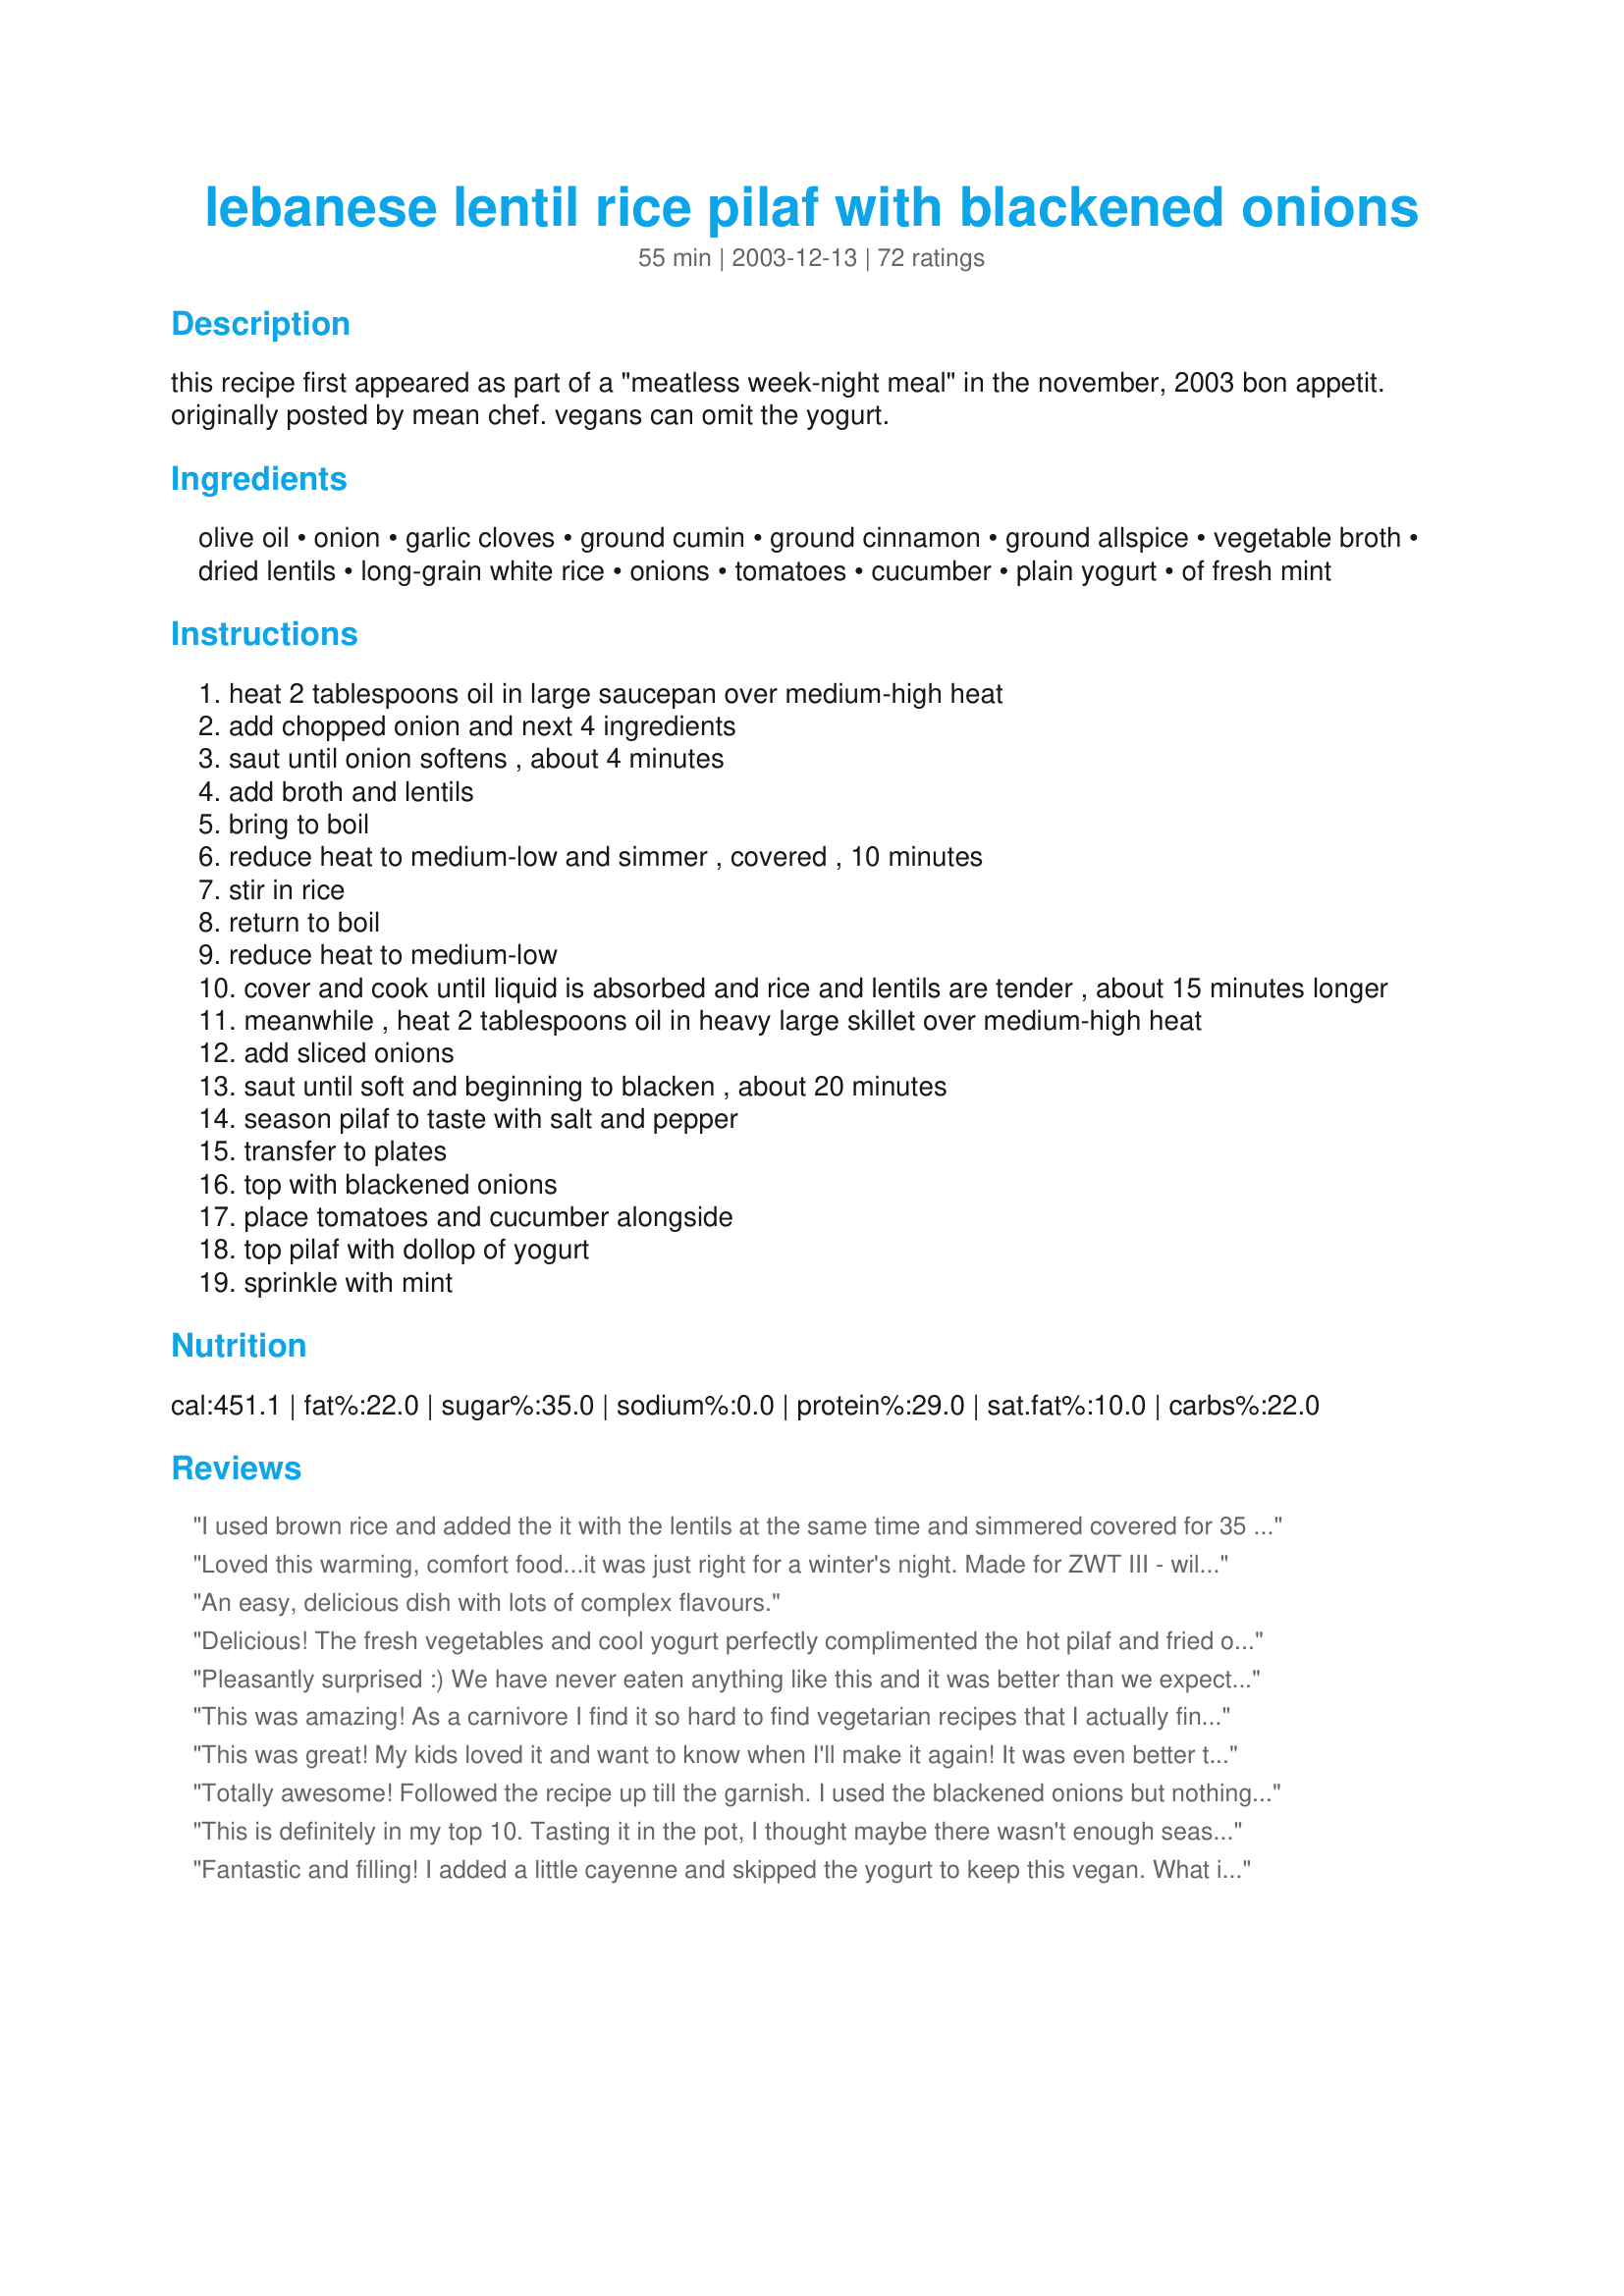
lebanese lentil rice pilaf with blackened onions
Preparation time: 55 minutes

this recipe first appeared as part of a "meatless week-night meal" in the november, 2003 bon appetit. originally posted by mean chef. vegans can omit the yogurt.

Ingredients:
olive oil, onion, garlic cloves, ground cumin, ground cinnamon, ground allspice, vegetable broth, dried lentils, long-grain white rice, onions, tomatoes, cucumber, plain yogurt, of fresh mint

Steps:
heat 2 tablespoons oil in large saucepan over medium-high heat
add chopped onion and next 4 ingredients
saut until onion softens , about 4 minutes
add broth and lentils
bring to boil
reduce heat to medium-low and simmer , covered , 10 minutes
stir in rice
return to boil
reduce heat to medium-low
cover and cook until liquid is absorbed and rice and lentils are tender , about 15 minutes longer
meanwhile , heat 2 tablespoons oil in heavy large skillet over medium-high heat
add sliced onions
saut until soft and beginning to blacken , about 20 minutes
season pilaf to taste with salt and pepper
transfer to plates
top with blackened onions
place tomatoes and cucumber alongside
top pilaf with dollop of yogurt
sprinkle with mint

Reviews:
I used brown rice and added the it with the lentils at the same time and simmered covered for 35 minutes. So delicious!
Loved this warming, comfort food...it was just right for a winter's night. Made for ZWT III - will make this again for sure!!!
An easy, delicious dish with lots of complex flavours.
Delicious! The fresh vegetables and cool yogurt perfectly complimented the hot pilaf and fried onions. A complex interesting and easy dish!
Pleasantly surprised :) We have never eaten anything like this and it was better than we expected! I used homemade vegetable stock and brown basmati rice instead of white; adding the rice at the same time as the lentils worked well. We liked ours with fresh lemon juice and loved the onions. This was a big help on our new goal of adding meatless meals - thanks!!!
This was amazing! As a carnivore I find it so hard to find vegetarian recipes that I actually find appetizing. I loved this dish! I omitted the blackened onions because I'm not a big onion fan, though I left in the diced ones from the first step. I used 1/2 tsp cinnamon based on another taster's recommendation and found it perfect. I especially loved the yogurt and mint. Will definitely make this again asap. Thanks so much!
This was great! My kids loved it and want to know when I'll make it again! It was even better the next day. Thanks.
Totally awesome! Followed the recipe up till the garnish. I used the blackened onions but nothing else (it was for my kids, like they care lol). Definitely a keeper, healthy, quick, and great for days you don't have any meat thawed! Thanks so much Chef Kate!
This is definitely in my top 10. Tasting it in the pot, I thought maybe there wasn't enough seasoning, maybe more cinnamon...but allowed to cool just slightly and with the addition of the onions and mint, it is spot on. I made a yogurt sub out of some vegan ingredients I had on hand (tofutti sour cream, veganese mayo & lemon juice), which I highly recommend doing if you don't eat or have yogurt. I subbed brown basmati and added about 1/4 more water...it was still a little soupy so i just boiled the excess off. I thought there would be some left over (we were 2 adults & 2 children), but it was so popular that there was barely a morsel left. I'll come back to this dish many times to come. thanks Chef kate!
Fantastic and filling! I added a little cayenne and skipped the yogurt to keep this vegan. What interesting flavors. Using high quality spices from a place like Penzey's should address some people's comments about flavor, if you don't have any, then just increase the quantity.
This is great and so easy too! Thanks for sharing!
OK. Wow!

This is a flavour that I remember from my childhood and I've been looking for it for a long time...

Now I found it and it was awesome. Thank-you!

There was ONE thing missing from what I remembered though. And I've added it and I dare say it's even better.

Raisins.

Lightly saute some raisins and add them in... MMMMmmmmm!!!
I love this recipe! So much flavor and the house smells so good, the kids were asking what's for dinner. I left out the yogurt & mint and drizzled the juice of 1/2 lemon on top. Thanks for posting!!
This was really, really great and very simple and easy to make. I've made similar dishes and each time have wished I made double the amount of crispy onions since that really makes the dish (plus I start eating them out of the pan as they cook). I also ate without the yogurt, cucumbers and tomato just because I finished a leftover cucumber salad I had in the fridge. The dish is naturally very savory so the crisp coolness of the cucumber really helped.
This is the kind of recipe I love! Delicious with nothing fancy needed. Had everything on hand. Naturally vegan recipe, just left out the yogurt. Grabbed the veggies and mint from the garden. Served with lettuce leaves and lemon wedges. Also sprinkled chopped walnuts on top (We just love nuts, and it gave a little extra texture) Great recipe.
Good recipe. Some commented that the cinnamon was overpowering, so I reduced it to 1/2 tsp, but now I think the rice would've been fine with 3/4 tsp. I added pine nuts and a little more liquid since the rice was still firm after the liquid evaporated. Two large onions was way too much for us. Next time, I would use only one. The yogurt was a nice addition to the rice, but you could do without it.
Very good recipe and I especially liked the onions on top.
Really great!
Everyone just loved it.
Thank you very much!
You call it pilaf, I call it mujadarah, either way you slice it,this was one fine meatless recipe. I used home made chicken broth versus the vegetable broth which added richness, and I did not have allspice, but I did use garam masala. Very tasty, well done, Mean!
I've been eyeing this recipe for a long time and I'm so glad I decided to make it! Better than 5 stars, one of the best recipes I've had on Recipezaar! No changes, except that I forgot to buy cucumber, plain yogurt and mint for garnishes. What a knucklehead! I'll buy them when I make this again, as I'm saving this recipe in my favorites cookbook. Also, I threw in a cinnamon stick because I didn't have any ground cinnamon. It came out fragrant and the spices were just perfect. Don't hold back on the onions, but it's delicious without them anyway. After 20 minutes my onions weren't quite blackened, just browned and tasty. I used sweet onions. Thank you Chef Kate for saving this recipe:D
This one's a keeper! The flavors are delicious and it's healthy. A must try :)
Wow! I really liked it. I cut back on the cinnamon and didn't use any garnishment, cuz it was just for me for lunch. Loved the crunch of the blackened onions!
This was very similar to the mujadarra at our favorite lebanese restaurant but I had no idea it could come from my kitchen!!! The blackened onions really "make" the dish. I too cut back to 1/4 tsp of cinnamon and had to cook it uncovered at the end to get the liquid to evaporate. I will be making this again... many times!
Absolutely delicious and simple to make! Lebanese Lentil/Rice is typically a plain vegeterian dish. The addition of spices in this recipe (cumin, cinnamon and allspice) really give the dish a kick and brings it to life. I ommited the fried onions, and served it with lebanese yogurt (yogurt with garlic, cucumber, mint and lemon). Will definetly make it again..
For me who likes mild food, I found the dish bland. I used brown rice and found the lentils took longer to cook than the rice; about 35 minutes. Otherwise, I followed the recipe to a T. The onions were the only thing with flavour, and the dish was definitely better when eaten with the yogurt and mint. Still, I don't anticipate making this again unless DH is keen.
I love this! I think it has surpassed Hungarian Lentils as my favourite lentil dish! I added the raisins and am really glad I did - the slight sweetness is really really nice. Thank you
Just made this recipe. It's ok. Lacks flavor..too bland for my taste. After reading the reviews, I even added more cumin and all spice, still was bland. The lentils also need more time to cook than what's stated on the recipe. I wouldn't make this recipe again.
Great recipe. Pretty perfect - made it almost as is, with very little improv. I'm never scared of spices - so mine was delicious and well spiced. This is a fantastic and filling vegetarian meal, and it's so healthy!

Sababa.

P.S. if you want REALLY good yogurt, mince a bunch of garlic, and season the yogurt with salt and pepper...
Wow! My vegetarian lil bro got to pick a recipe for me to make while he was here for the weekend from college, he chose this. Pretty easy to make and very delicious! We had a salad and some french bread with it, YUUMMM! I gave myself and hour and a half to make (due to the 25 min prep and 55 cook time), but only took me about 40 minutes or so! Will def have this again!!
This is a delicious combinattion of rice and vegetables with spices typical of the region, and it's very, very good. The yogurt offsets the spiciness nicely. To cut the fat content and calorie count a bit, I did reduce the amount of oil to 1 Tbs in Step 1 and 1 Tbs in Step 7, and accordingly lowered the heat at which I cooked a bit. This worked fine for me.
This dish has become a staple in our house over the last 5 years. My hubby always requests it, and when I make it for company it gets completly finished. This is one fantastic meal!! I have tended to increase the spices, just because we like it, and instead of using veg. broth, I've found that beef broth really adds a nice flavor to the dish. I have at times blackened the onions first, then followed the rest of the recipe. This allows that onion flavor to blend throughout the rice instead of being used as a garnish. I also have used canned lentils when in a rush, its not as good, but it does work when in a rush :) An excellent dish!
This was good but next time I would up the spice amount and also use beef broth instead of veg to give it more flavor. Needs a lot of salt and peppers also. We served as a side dish but I could see this in a tortilla also.
Funny that I've been making this often since the time of Mean Chef and yet had never reviewed this..just posted my 1st photograph :lol:
 I've shared this recipe with my whole family that my parents, my picky nieces who aren't fond of vegetables and picky DH loved it. Even BIL even asks for it! That perfect! Simply the best! No changes needed with the recipe at all! I love the blackened onions and 2 large onions are probably not enough!
This is the best Mjedderah recipe I have ever found. Instead of allspice, I used an Arabic mixed spices found at an ethnic grocery store near my home. Also, I increased the rice to 1c and reduced the lentils to 1/2c because that's what I had on hand.

The onions really add a lot of flavor, but the light mint and yogurt balances it all -- keeps it from being heavy.

Thanks. This is definitely a "keeper".
I think this is one of my new favorite recipes on Zaar. I loved the rich spiciness of the rice, and the subtle crunch of the onions...the tomato, cucumber and yogurt side was pure genius! The flavor and texture combinations in the recipe are truly fabulous. Thanks Mean!
Wow! What a great recipe. I've tried several rice-lentil recipes, but this is the first one that we've really liked. The spicing is perfect and the cooking times were right on. I also liked the photo by A Good Thing, showing the finished dish, my dish looked the same. I served this with a side dish of Moroccan spiced carrots. I'll definately make this again.
This has a much different flavor than anything I've ever eaten. The spice combination was very strong smelling while cooking (and I cut the cinnamon down to 1/4 tsp. after reading some reviews) and I wasn't sure how I was going to like it. I ended up putting it in the refrigerator and saving it for the next day. But after cooking the onions for the top and stirring in a couple spoonfuls of plain yogurt, this was good. The flavors were more mild than I thought (judging from how strong the spices smelled during cooking). I haven't really been exposed to many middle eastern foods, so I'm sure that's why I found it wasn't totally suited to my tastes. But it's still a 5 star review because I'm sure the recipe is great, it's just a unique spice combination that I'm not used to. Thanks for sharing this recipe , I'm glad that I tried it.
This was amazing. Lentils are one of my favourite things anyways, but this was just fantastic! I will be making it again, yum.
Very good. I left off the cinnamon and allspice and didn't bother with the yogurt topping (although I think it must be delicious!). I also added a teaspoon of brown sugar to the onions while sauteeing. The cumin flavour really stood out, lending a smokiness to the dish that was fabulous. I served this with blackened snapper and everyone loved it. I definately plan to make this again. Another great recipe of Mean Chef's.
I can't imagine how I managed to get through life for so many decades without having access to this recipe. It's utterly fantastic and will remain a staple on our vegetarian Thanksgiving table and throughout the year. I made a couple of adjustments like increasing all spices (except the cinnamon) and adding garlic, salt and pepper to the yogurt. I also thoroughly BLACKEN the onions before starting the rest of the recipe. I've taken this to two pot luck events and both times was bombarded with requests for the recipe, to which I replied, "Sorry, family secret". Ok, just kidding. I sent the grateful vegetarians and others the link to your page. :o) Thank you so much for sharing this awesome Bon Appetit recipe, Chef Kate! I'll try to get better photos next time.
Wow, this is almost exactly like the lentils and Rice my Grandma used to make. The key to the flavor is getting the onions nice and dark. Grandma used a cast iron skillet. Also, we served it with lettuce leaves sprinkled with lemon juice. She said using your hands to eat was "the Lebanese way." Of course Grandma was born in the states, so who knows! Thanks for posting!
We loved this. I used a red onion in step 2 and two white onions to blacken. I used brown lentils. I used a 32oz box of organic vegetable broth so I had to cook some of the liquid out for an extra 15 minutes. The flavors were very nice. I especially enjoyed the blackened onions. Made for NAME Tag.
Quite nice. Easy to prepare. Better flavor the next day. Not wild about the appearance.
like others have said this is missing spices but still it was good with some burned onions on top
We really enjoyed this! There was a lot of flavor, and the addition of the yogurt and mint really dressed it up. Thanks for sharing! Veg*n Swap 34
Yum yum yum.. very delicious. I only put 1/2 tsp of cinnamon but I left everything else the same. Thanks a lot! I will be making this again!
Loved it! The only changes I made were reduce the amount of cinnamon and lentils (DH is not too fond of them) and increased the amount of rice. Thank you for sharing your wonderful recipe.
Very good recipe, but I would recommend cutting back on the cinnamon to about 1/4 tsp. The amount called for in the recipe overpowers the dish.
I've been wanting to try this recipe for a long time and was not disappointed. It was nice to have the onions cook separately to accomodate multiple tastes in the family, lol, but everyone agreed that the yogurt over the top was the final perfect touch. I think I might decrease the cinnamon just a bit next time as it was a bit pronounced, although we love cinnamon-savory combinations. We had this tonite with Palestinian Chicken #123943, Ghassan's Tabbouleh #18782, Labneh #88089, pita, feta, Hummus #22060 and Tzatziki #51983, and followed up with Harissah #78772; a wonderful blend. Thanks so much for sharing, Mean Chef and Chef Kate!
This was excellent. My Lebanese sweetie closed his eyes at the first bite to savour the flavor. I made and served the dish exactly as posted. Perfection!
Wow, this was absolutely delicious! I used chicken broth instead of vegetable, and a wild rice mixture instead of the white rice, but didn't change anything else. I was sad when I got full, because I wanted to eat more!
This is an excellent recipe. I served this with the Egyptian tomato sauce, as suggested in chef Zermane's Mujadarra recipe (also on this site), instead of the sliced tomatoes. It's more work, but definitely worth the extra effort. Everyone loved it, including my non-rice-eating husband. I tried Chef Zermane's recipe as well, and it was very good, but the broth (I used chicken broth) and the cumin in this recipe gave it more depth. Thank you for posting!
Try this recipe. It is delicious. Very simple to make with a result that is exotic, tasty and not overstuffing. Followed recipe except used sour cream instead of yogurt. Used fresh diced tomatoes from the garden....this is a keeper.
Easy, inexpensive and delicious. I used brown rice, so added it when I put in the lentils to give the brown rice plenty of time to cook. It worked well. The yogurt and mint really make it! Thanks for sharing.
I love this dish, because it's cheap and healthy and my kids will eat it! We top this with Durkee fried onions, which adds a nice crunch, and probably too much fat, but still..YUMMM! This is also GREAT with GRILLED SALMON..especially if you dice the tomatos and cucumbers into a salad with lemon juice, garlic and parsley.
We made this for dinner Christmas Eve. It was a very hot38 C (100 F)here in Queensland. What a beautiful meal. We served with salad and pita breads....Thanks Mean Chef - a very special mean
Yum! Super easy and delicious. Need to try!
Awesome recipe, but I doubled the cumin and all spice. I might even add a bit more next time. I also added cayenne pepper to the yogurt since I like spicy dishes. With these modifications I thought it was excellent!
Thanks this is a keeper!! my hubby is palestinian so i'm always looking for dishes that remind him of home,well he loved this and i had requests for the recipe from other relocated family members here in canada,thanks for posting!!
This was really good! it was very similar to what I encountered in the Middle East
This is a meal in itself, forget side dish! I used only a tablespoon of oil and brown jasmine rice, and let it cook an extra 15 minutes. Then I uncovered it to boil off the remaining liquid, probably 20 more minutes. The flavors all go well together here, but the caramelized onions make the dish!
Healthy, delicious, and pretty darn easy...this is my kind of recipe! I actually didn't have ground cumin so I used garam masala, coriander, 1/4 tsp. cinnamon, and allspice. Loved it!!!
Really good, I loved the blackened onions as others have. I made them taste even better by adding 3/4 tsp granulate raw cane sugar to them when they were slightly brown. I reduced the cinnamon to 1/2 tsp, and I used chicken broth and some lentil liquid as that's what I had on hand one time I even used water and it was still good! I used white basmati rice once and quinoa another time and I could see this being good with brown rice too. I used a bit of Recipe #79179 in replacment for the allspice and I added raisins as a couple posters recommended, which was a really good addition. I also added a few diced sweet cooked carrots. Served as a main dish for DH and I. This is a keeper. And one of the best recipes I have made so far on Zaar.
Never had Lebanese before and this recipe is a fantastic first impression! Used chicken broth instead of vegtable and sour cream instead of the yogurt. Very good! My teen really liked it too. Will make this again!
Very nice recipe! The lentil-rice combination makes for a base much like a lighter risotto. I think I'm going to try porting a few of my risotto recipes to this for something that is both faster and lighter.
LOVE THIS! Perfect everything; the onions complete it. I use brown rice. So delicious! Thank you thank you thank you for posting this.
Wonderful hearty side dish. Has a great flavor without being overly spicy. The blackened onions on top and the dollop of yogurt really make this perfect. It's even good as leftovers. :)
This is the first Middle Eastern dish I have made and it was really a nice change. I usually make Indian dishes with lentils but they aren't aromatic like this one. The blackened onions were great, like one of the other posters I also sauteed raisins with it which was really nice. I didn't have any allspice so I added garam masala, it gave it a very nice taste.
Fantastic. I actually added chickpeas with the rice and then some cinnamon and a little more cumin when it was ready and it was amazing.
I prepared this recipe using leftover rice and a can of lentils. I topped it with cheddar cheese and put in the oven for twenty-five minutes. It was a quick, healthy, DELICIOUS dinner!!! The carmelized onions on top definitely make the dish (as another reviewer stated). What suprised me the most, was how much my eighteen-month old LOVED this dish. She ate FOUR servings in a day, and kept asking for "MORE...MORE...MORE..." My older kids also enjoyed it. If you have kids, really give it a try. You might be suprised like I was! It is fabulous to have a healthy, inexpensive, easy to prepare dish that adults and kids alike can enjoy.
I tagged this recipe to make for my DFIL who is lebanese and he loved it, we all enjoyed it! I didnt have vegetable broth so used beef and think I would use a bit less cumin and more cinnamon and allspice next time. Bought grape tomatoes that I cut in half and a english cucumber to garnish the rice/lentil mixture. The blackened onions were wonderful and think I would add another onion or two because they cook down quite a bit. Do top with the yogurt and mint, so good! Sweetie thank you so much for sharing this recipe with us! Made and reviewed for the NA*ME tag game.
Delicious!
